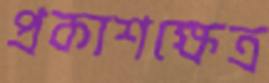
প্রকাশক্ষেত্র